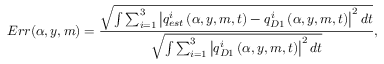
E r r ( \alpha , y , m ) = \frac { \sqrt { \int \sum _ { i = 1 } ^ { 3 } \left| { q _ { e s t } ^ { i } } \left( \alpha , y , m , t \right) - { q _ { D 1 } ^ { i } } \left( \alpha , y , m , t \right) \right| ^ { 2 } d t } } { { \sqrt { \int \sum _ { i = 1 } ^ { 3 } \left| { q _ { D 1 } ^ { i } } \left( \alpha , y , m , t \right) \right| ^ { 2 } d t } } } \mathrm { , }